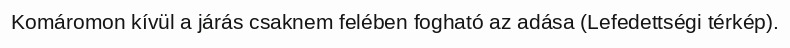
Komáromon kívül a járás csaknem felében fogható az adása (Lefedettségi térkép).